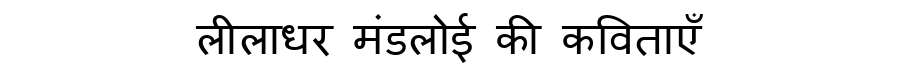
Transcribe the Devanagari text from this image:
लीलाधर मंडलोई की कविताएँ